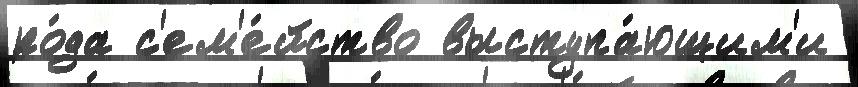
ро́да с'ем'е́йство выступа́ющим'и